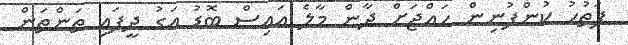
ފަތުހު ކުންފުނިން ހައްޖަށް ދާން މާލެ އައިސް ބޮޑު އަގު ދީފައި ތަންތަން